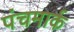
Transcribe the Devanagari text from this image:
पंचमार्क